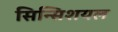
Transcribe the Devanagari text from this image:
सिन्सिशयल